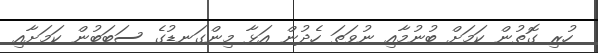
ހުރި ގޮތުން ކަމަށް ބުނުމާއި ނުވަތަ ހެދުން އަޅާ މިންގަނޑުގެ ސަބަބުން ކަމަށާއި